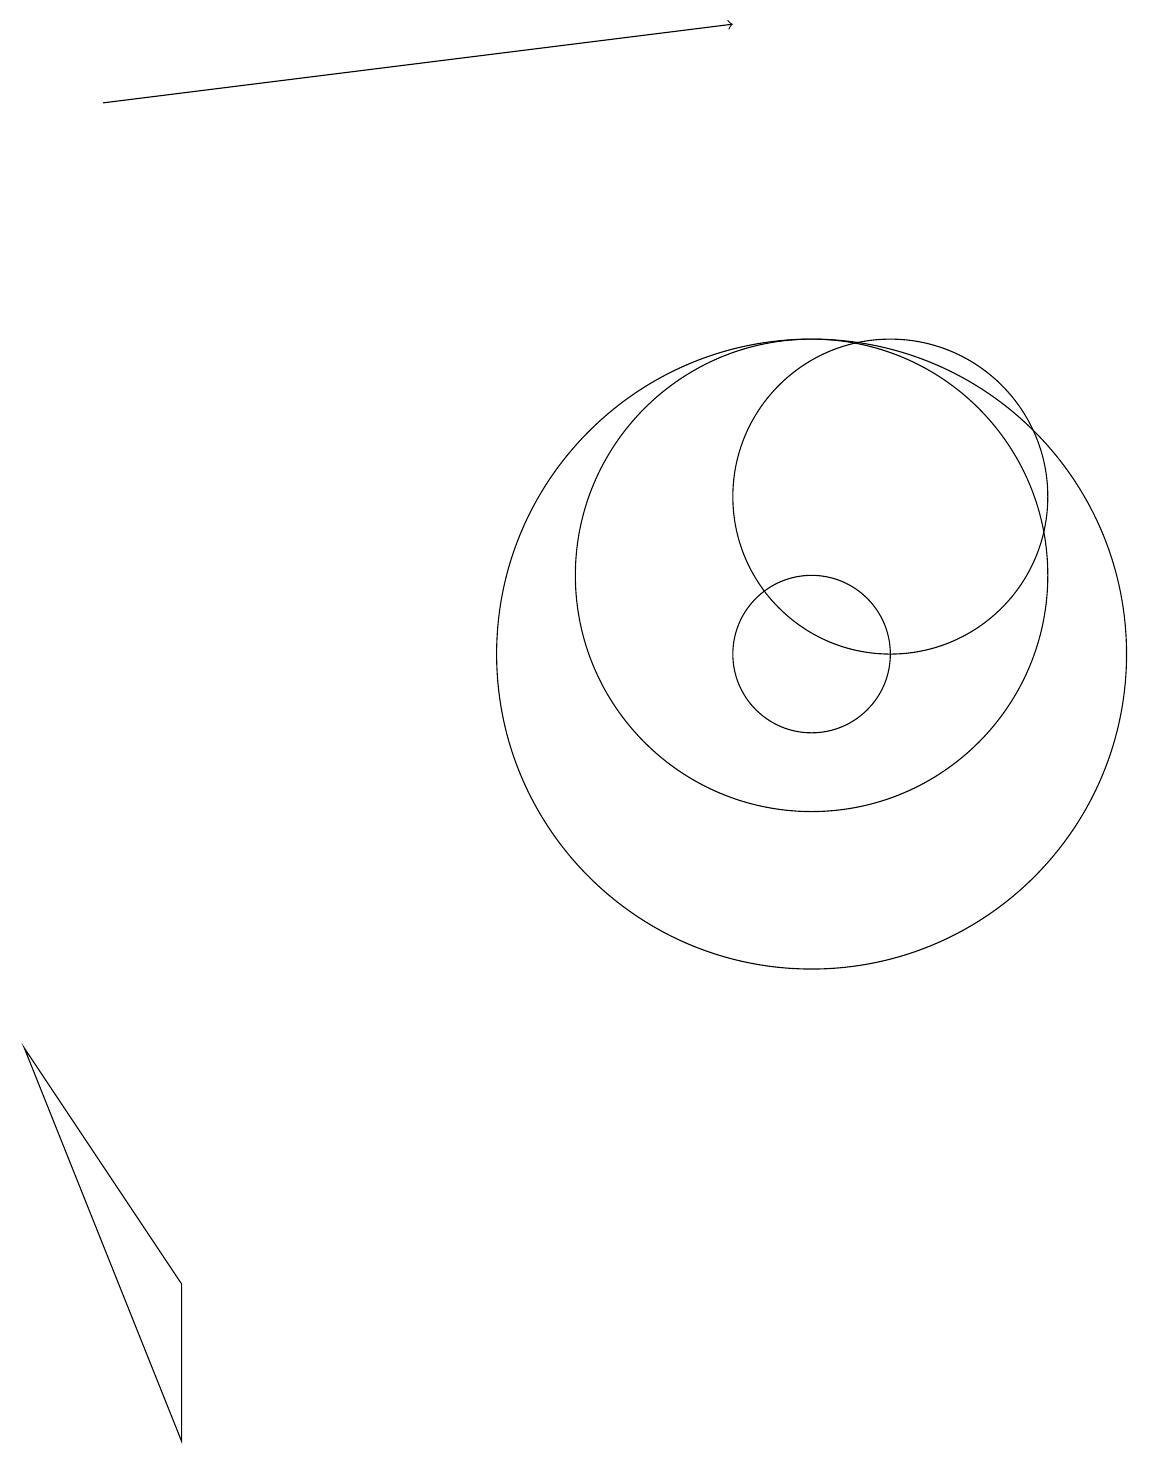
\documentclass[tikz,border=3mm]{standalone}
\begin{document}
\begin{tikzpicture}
\draw (10,10) circle (1);
\draw[->] (1,17) -- (9,18);
\draw (10,11) circle (3);
\draw (10,10) circle (4);
\draw (11,12) circle (2);
\draw (0,5) -- (2,0) -- (2,2) -- cycle;
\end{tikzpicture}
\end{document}